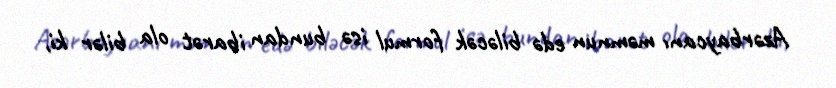
Azərbaycanı məmnun edə biləcək formul isə bundan ibarət ola bilər ki,